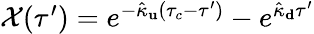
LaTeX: \begin{array}{r}{\mathcal{X}(\tau^{\prime})=e^{-\hat{\kappa}_{\mathbf u}(\tau_{c}-\tau^{\prime})}-e^{\hat{\kappa}_{\mathbf d}\tau^{\prime}}}\end{array}